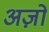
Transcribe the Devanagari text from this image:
अज़ो